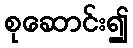
စုဆောင်း၍